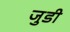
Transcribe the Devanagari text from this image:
जुडी